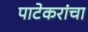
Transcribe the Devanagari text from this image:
पाटेकरांचा